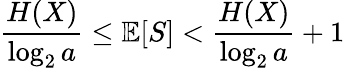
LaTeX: {\frac{H(X)}{\log_{2}a}}\leq\mathbb{E}[S]<{\frac{H(X)}{\log_{2}a}}+1